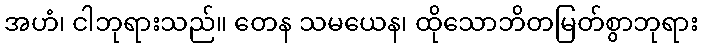
အဟံ၊ ငါဘုရားသည်။ တေန သမယေန၊ ထိုသောဘိတမြတ်စွာဘုရား